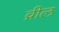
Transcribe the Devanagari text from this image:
व्रील